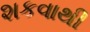
શકવાથી